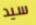
سيد